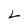
Character: L